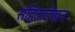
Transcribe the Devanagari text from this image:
संहितालेखन